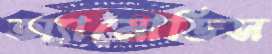
অ্যামোডিস